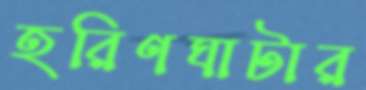
হরিণঘাটার